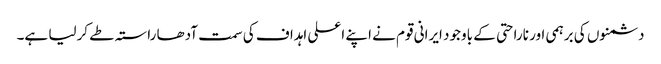
دشمنوں کی برہمی اور ناراحتی کے باوجود ایرانی قوم نے اپنے اعلی اہداف کی سمت آدھا راستہ طے کرلیا ہے۔